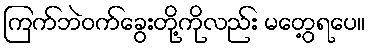
ကြက်ဘဲဝက်ခွေးတို့ကိုလည်း မတွေ့ရပေ။